Lunatic asylums in Bengal annual reports 1899-1911 - 1899-1911
Year: 1899
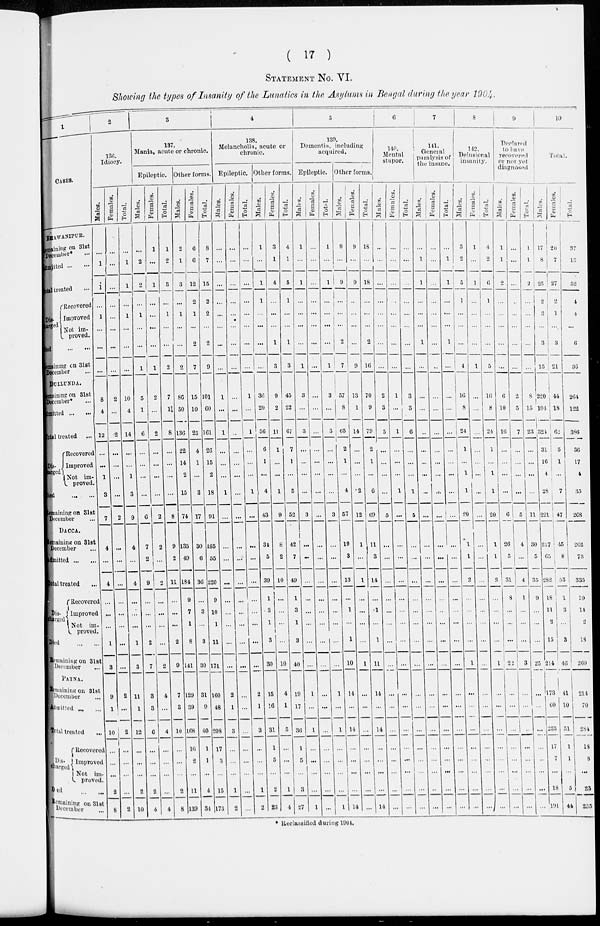
(
17 )
STATEMENT No. VI.
Showing the types of Insanity of the Lunatics in the Asylums in Bengal during the year 1904.
1
CASES.
BHAWANIPUR.
Remaining on 31st
December* ...
Admitted ... ...
Total treated ...
Dis¬
charged
Recovered
Improved
Not im¬
proved.
Died
...
...
Remaining on 31st
December ...
DULLUNDA.
Remaining on 31st
December* ...
Admitted ... ...
Total treated
...
Dis¬
Charged
Recovered
Improved
Not im¬
proved
Died
...
...
Remaining on 31st
December ...
DACCA.
Remaining on 31st
December
Admitted ...
Total treated
Dis¬
charged
Recovored
Improved
Not im¬
proved.
Died ... ...
Remaining on 31st
December ...
PATNA.
Remaining on 31
December ...
Admitted ... ...
Total treated ...
Dis¬
charged
Recovered
Improved
Not im¬
proved
Died ... ...
Remaining on 31st
December
2
136.
Idiocy.
Males.
...
1
1
...
1
...
...
...
8
4
12
...
...
1
3
7
4
...
4
...
...
...
1
3
9
1
10
...
...
...
2
8
Females.
...
...
...
...
...
...
...
...
2
...
2
...
...
...
...
2
...
...
...
...
...
...
...
...
2
...
2
...
...
...
...
2
Total.
...
1
1
...
1
...
...
...
10
4
14
...
...
1
3
9
4
...
4
...
...
...
1
3
11
1
12
...
...
...
2
10
3
137.
Mania, acute or chronic.
Epileptic.
Males.
...
2
2
...
1
...
...
1
5
1
6
...
...
...
...
6
7
2
9
...
...
...
2
7
3
3
6
...
...
...
2
4
Females.
1
...
1
...
...
...
...
1
2
...
2
...
...
...
...
2
2
...
2
...
...
...
...
2
4
...
4
...
...
...
...
4
Total.
1
2
3
...
1
...
...
2
7
1
8
...
...
...
...
8
9
2
11
...
...
...
2
9
7
3
10
...
...
...
2
8
Other forms.
Males.
2
1
3
...
1
...
...
2
86
50
136
22
14
2
15
74
135
49
184
9
7
1
8
141
129
39
168
16
2
...
11
139
Females.
6
6
12
2
1
...
2
7
15
10
25
4
1
...
3
17
30
6
36
...
3
...
3
30
31
9
40
1
1
...
4
34
Total.
8
7
15
2
2
...
2
9
101
60
161
26
15
2
18
91
165
55
220
9
10
1
11
171
160
9
208
17
3
...
15
173
4
138.
Melancholia, acute or
chronic.
Epileptic.
Males.
...
...
...
...
...
...
...
...
1
...
1
...
...
...
1
...
...
...
...
...
...
...
...
...
2
1
3
...
...
...
1
2
Females.
...
...
...
...
...
...
...
...
...
...
...
...
...
...
...
...
...
...
...
...
...
...
...
...
...
...
...
...
...
...
...
...
Total.
...
...
...
...
...
...
...
...
1
...
1
...
...
...
1
...
...
...
...
...
...
...
...
...
2
1
3
...
...
...
1
2
Other forms.
Males.
1
...
1
1
...
...
...
...
36
20
56
6
1
...
4
43
34
5
39
1
3
1
3
30
15
16
31
1
5
...
2
23
Females.
3
1
4
...
...
...
1
3
9
2
11
1
...
...
1
9
8
2
10
...
...
...
...
10
4
1
5
...
...
...
1
4
Total.
4
1
5
1
...
...
1
3
45
22
67
7
1
...
5
52
42
7
49
1
3
1
3
40
19
17
36
1
5
...
3
27
5
139.
Dementia, including
acquired.
Epileptic.
Males.
1
...
1
...
...
...
...
1
3
...
3
...
...
...
...
3
...
...
...
...
...
...
...
...
1
...
1
...
...
...
...
1
Females.
...
...
...
...
...
...
...
...
...
...
...
...
...
...
...
...
...
...
...
...
...
...
...
...
...
...
...
...
...
...
...
...
Total.
1
...
1
...
...
...
...
1
3
...
3
...
...
...
...
3
...
...
...
...
...
...
...
...
1
...
1
...
...
...
...
1
Other forms.
Males.
9
...
9
...
...
...
2
7
57
8
65
2
1
...
4
57
10
3
13
...
1
...
1
10
14
...
14
...
...
...
...
14
Females.
9
...
9
...
...
...
...
9
13
1
1 4 ...
...
...
2
12
1
...
1
...
...
...
...
1
...
...
...
...
...
...
...
...
Total.
18
...
18
...
...
...
2
16
70
9
79
2
1
...
6
69
11
3
14
...
1
...
1
11
14
...
14
...
...
...
...
14
6
140.
Mental
stupor.
Male.
...
...
...
...
...
...
...
...
2
3
5
...
...
...
...
5
...
...
...
...
...
...
...
...
...
...
...
...
...
...
...
...
Females.
...
...
...
...
...
...
...
...
1
...
1
...
...
...
1
...
...
...
...
...
...
...
...
...
...
...
...
...
...
...
...
...
Total.
...
...
...
...
...
...
...
...
3
3
6
...
...
...
1
5
...
...
...
...
...
...
...
...
...
...
...
...
...
...
...
...
7
1 4 1 .
General
paralysis of
the insane.
Males.
...
1
1
...
...
...
1
...
...
...
...
...
...
...
...
...
|
...
...
...
...
...
...
...
...
...
...
...
...
...
...
...
...
Females.
...
...
...
...
...
...
...
...
...
...
...
...
...
...
...
...
...
...
...
...
...
...
...
...
...
...
...
...
...
...
...
...
Total.
...
1
1
...
...
...
1
...
...
...
...
...
...
...
...
...
...
...
...
...
...
...
...
...
...
...
...
...
...
...
...
...
8
142.
Delusional
insanity.
Males.
3
2
5
1
...
...
...
4
16
8
24
1
...
1
1
20
1
1
2
...
...
...
...
1
...
...
...
...
...
...
...
...
Females.
1
...
1
...
...
...
...
1
...
...
...
...
...
...
...
...
...
...
...
...
...
...
...
...
...
...
...
...
...
...
...
...
Total.
4
2
6
1
...
...
...
5
16
8
2 4
1
...
1
1
20
1
1
2
...
...
...
...
1
...
...
...
...
...
...
...
9
Declared
to
have
recovered
or not yet
diagnosed.
Males.
1
1
2
...
...
...
...
...
6
10
16
...
...
...
...
6
26
5
31
8
...
...
...
22
...
...
...
...
...
...
...
...
Females.
...
...
...
...
...
...
...
...
2
5
7
...
...
...
...
5
4
...
4
1
...
...
...
3
...
...
...
...
...
...
...
...
Total.
1
1
2
...
...
...
...
...
8
15
23
...
...
...
...
11
30
5
35
9
...
...
...
25
...
...
...
...
...
...
...
...
10
Total.
Males.
17
8
25
2
3
...
3
15
220
104
324
31
16
4
28
221
217
65
282
18
11
2
15
214
173
60
233
17
7
...
18
191
Females.
20
7
27
2
1
...
...
21
44
18
62
5
1
...
7
47
45
8
53
1
3
...
3
46
41
10
31
1
1
...
5
44
Total.
37
15
52
4
4
...
3
36
264
122
386
36
17
4
35
268
262
73
335
19
14
2
18
260
214
70
284
18
8
...
23
235
* Reclassified during 1904.